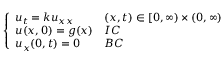
\left\{ \begin{array} { l l } { u _ { t } = k u _ { x x } } & { ( x , t ) \in [ 0 , \infty ) \times ( 0 , \infty ) } \\ { u ( x , 0 ) = g ( x ) } & { I C } \\ { u _ { x } ( 0 , t ) = 0 } & { B C } \end{array} \right.